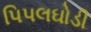
પિપલઘોડી